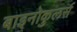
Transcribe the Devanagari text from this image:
बाइनोकुलर्स